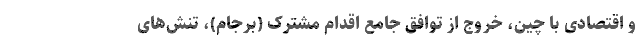
و اقتصادی با چین، خروج از توافق جامع اقدام مشترک (برجام)، تنش­های